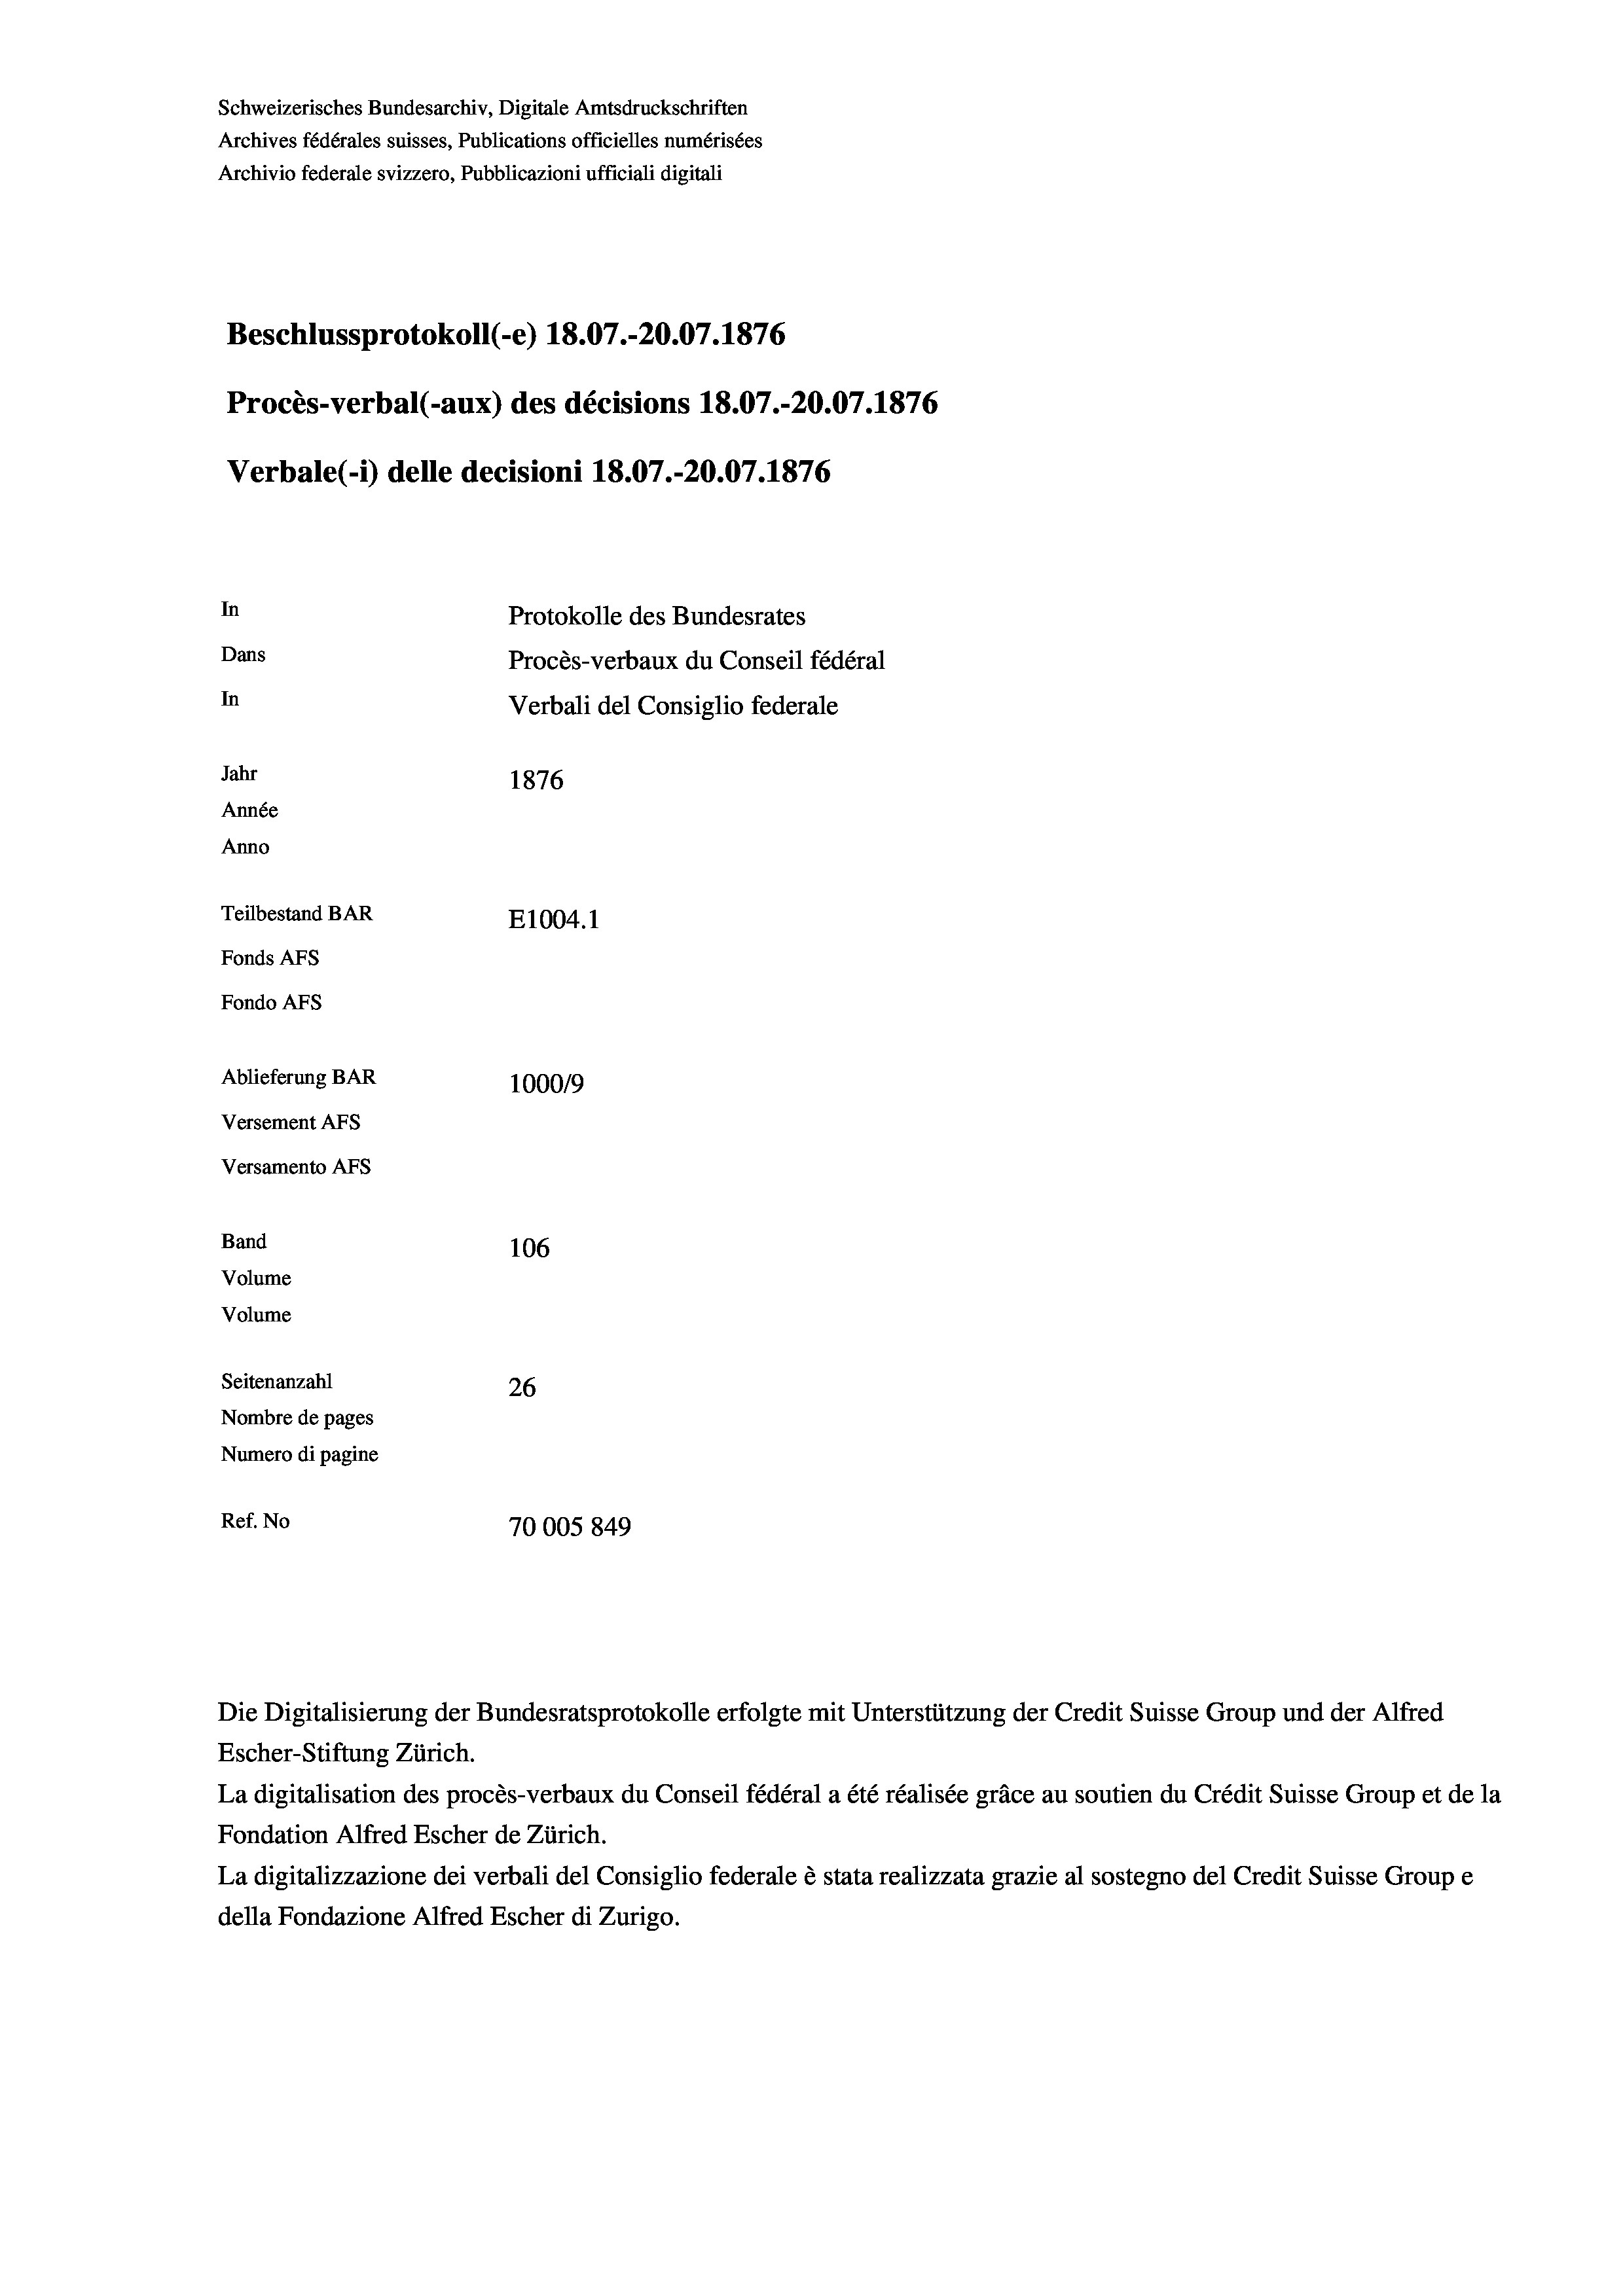
Schweizerisches Bundesarchiv, Digitale Amtsdruckschriften
Archives fédérales suisses, Publications officielles numérisées
Archivio federale svizzero, Pubblicazioni ufficiali digitali
Beschlussprotokoll (-e) 18.07.-20.07. 1876
Procès-verbal (-aux) des décisions 18.07.-20.07. 1876
Verbale (- 1) delle decisioni 18.07.-20.07. 1876
In
Protokolle des Bundesrates
Dans
Procès-verbaux du Conseil fédéral
In
Verbali del Consiglio federale
Jahr
1876
Année
Anno
Teilbestand BAR
E1004. 1
Fonds AFs
Fondo Afs
Ablieferung BAR
100019
Versement AFs
Versamento Afs
Band
106
Volume
Volume
Seitenanzahl
26
Nombre de pages
Numero di pagine
Ref. No
70005 849

Die Digitalisierung der Bundesratsprotokolle erfolgte mit Unterstützung der Credit Suisse Group und der Alfred
Escher-Stiftung Zürich.
La digitalisation des procès-verbaux du Conseil fédéral a été réalisée gräce au soutien du Crédit Suisse Group et de la
Fondation Alfred Escher de Zürich.
La digitalizzazione dei verbali del Consiglio federale è stata realizzata grazie al sostegno del Credit Suisse Groupe
della Fondazione Alfred Escher di Zurigo.